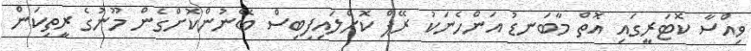
ވިއްސާ ކޮޓަރީގައި އޮތް މާބަނޑު އަންހެނަކު ރޭޕް ކޮށްލައިފިބިސް ބޭނުންކޮށްގެން މޫނުގެ ރީތިކަން